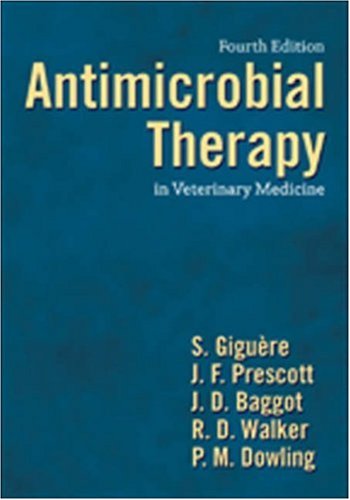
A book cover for Antimicrobial Therapy in Veterinary Medicine; Medical Books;